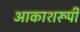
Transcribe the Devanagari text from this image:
आकाशरूपी